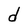
Character: d